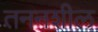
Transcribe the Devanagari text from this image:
तननशील